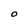
Character: O